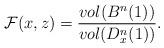
LaTeX: \begin{align*}\mathcal{F}(x,z)=\frac{vol (B^n(1))}{vol (D^n_x(1))}.\end{align*}